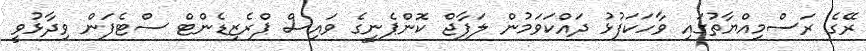
ރޭގެ ރަސްމިއްޔާތުގައި ވާހަކަފުޅު ދައްކަވަމުން ލަފާޖް ކޮންޕެނީގެ ވައިސް ޕްރެޒިޑެންޓް ސްޓެފަން ވިދާޅުވީ